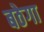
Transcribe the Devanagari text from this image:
बठेगा